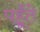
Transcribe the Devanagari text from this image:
पहूँते